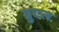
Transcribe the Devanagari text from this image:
ग्रुएल